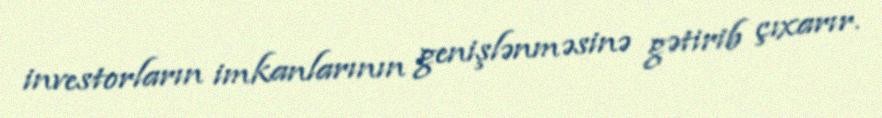
investorların imkanlarının genişlənməsinə gətirib çıxarır.